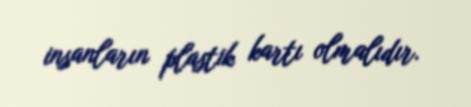
insanların plastik kartı olmalıdır.